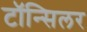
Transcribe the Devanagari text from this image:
टॉन्सिलर